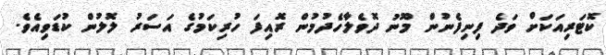
ކޮޓަރިއަކަށް ވަދެ ފިނިފެނުން މޫނު ދޮވެލާހެދުމުން ރޮއިފަ ހުރިކަމުގެ އަސަރު ލޮލުން ކުޑަވިއެވެ.